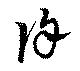
余